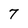
Character: 7